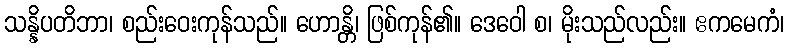
သန္နိပတိဘာ၊ စည်းဝေးကုန်သည်။ ဟောန္တိ၊ ဖြစ်ကုန်၏။ ဒေဝေါ စ၊ မိုးသည်လည်း။ ဧကမေကံ၊